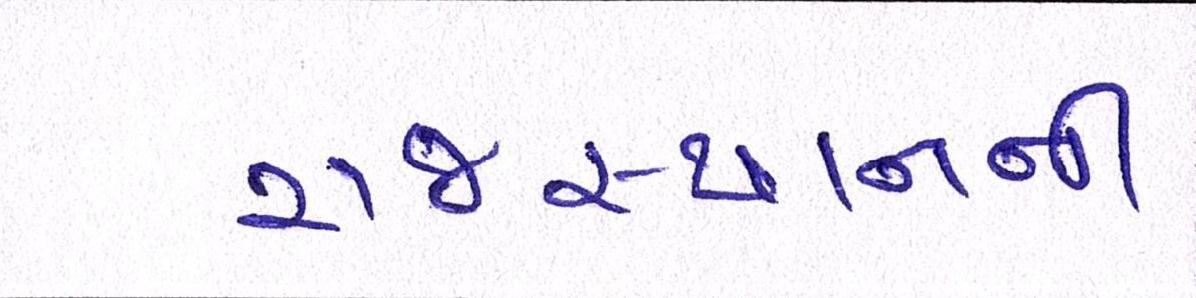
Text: રાજસ્થાનની